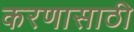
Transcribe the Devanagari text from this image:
करणासाठी